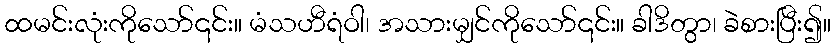
ထမင်းလုံးကိုသော်၎င်း။ မံသဟီရံဝါ၊ အသားမျှင်ကိုသော်၎င်း။ ခါဒိတွာ၊ ခဲစားပြီး၍။